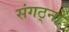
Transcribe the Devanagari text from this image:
संगठ्नो